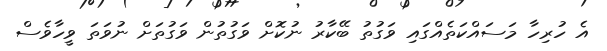
އެ ހުރިހާ މަސައްކަތެއްގައި ވަގުތު ބޭކާރު ނުކޮށް ވަގުތުން ވަގުތަށް ނުވަތަ ވީހާވެސް